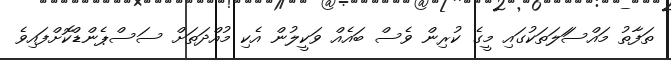
ތަފާތު މައްސަަލަތަކުގައި މީގެ ކުރިން ވެސް ބައެއް ވަކީލުން އެކި މުއްދަތަށް ސަސްޕެންޑްކޮށްފައިވެ